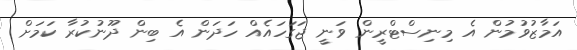
އަމާޒުވުމުން އެ މިނިސްޓްރީން ވަނީ ޖަގަހައެއް ހަދަން އެ ބިން ދޫނުކުރާ ކަމަށް